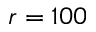
r = 1 0 0